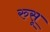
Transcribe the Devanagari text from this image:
रुसू